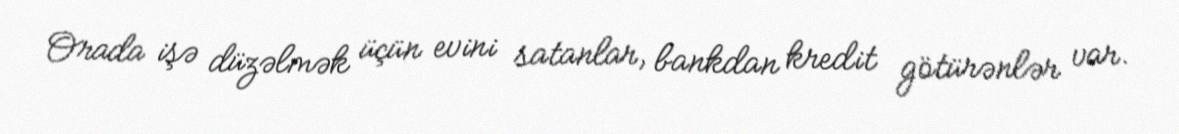
Orada işə düzəlmək üçün evini satanlar, bankdan kredit götürənlər var.